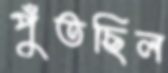
পুঁতছিল